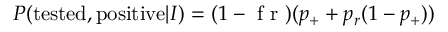
\begin{array} { r } { P ( \mathrm { t e s t e d , p o s i t i v e } | I ) = ( 1 - \mathrm { ~ f ~ r ~ } ) ( p _ { + } + p _ { r } ( 1 - p _ { + } ) ) } \end{array}